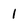
Character: 1